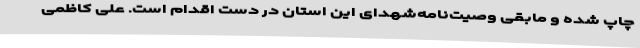
چاپ شده و مابقی وصیت‌نامه‌شهدای این استان در دست اقدام است. علی کاظمی